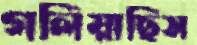
গলিয়াছিস